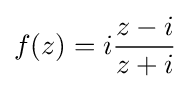
f(z)=i{\frac {z-i}{z+i}}